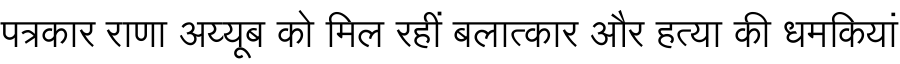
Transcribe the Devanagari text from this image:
पत्रकार राणा अय्यूब को मिल रहीं बलात्कार और हत्या की धमकियां